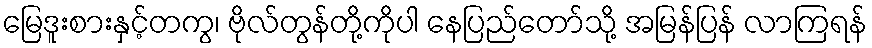
မြေဒူးစားနှင့်တကွ၊ ဗိုလ်တွန်တို့ကိုပါ နေပြည်တော်သို့ အမြန်ပြန် လာကြရန်